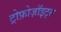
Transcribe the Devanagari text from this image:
ट्रोफ़ोज़ॉइट्स